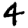
Digit: 4